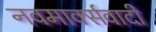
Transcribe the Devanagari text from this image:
नवमार्क्सवादी